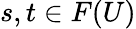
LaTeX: s,t\in F(U)